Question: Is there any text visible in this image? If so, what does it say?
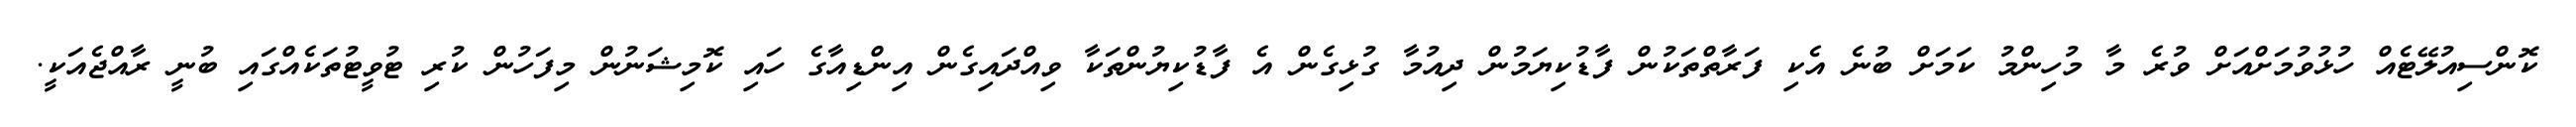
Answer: ކޮންސިއުލޭޓެއް ހުޅުވުމަށްއަށް ވުރެ މާ މުހިންމު ކަމަށް ބުނެ އެކި ފަރާތްތަކުން ފާޑުކިޔަމުން ދިއުމާ ގުޅިގެން އެ ފާޑުކިޔުންތަކާ ވިއްދައިގެން އިންޑިއާގެ ހައި ކޮމިޝަނުން މިފަހުން ކުރި ޓުވީޓުތަކެއްގައި ބުނީ ރާއްޖެއަކީ.